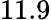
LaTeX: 11.9